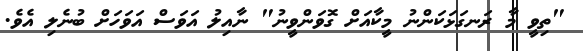
"ތިވީ މާ ރަނގަޅަކަންނު މީކާއަށް ގޮވަންވީނު" ނާއިލު އަވަސް އަވަހަށް ބުނެލި އެވެ.